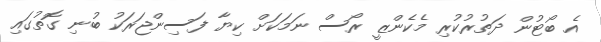
އެ ބޯޓުން ދަތުރުކުރި މެކެންޒީ ރޯސް ނަމަކަށް ކިޔާ ފަސިންޖަރަކު ބުނި ގޮތުގައި